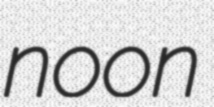
noon